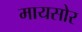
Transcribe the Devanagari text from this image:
मायसोर